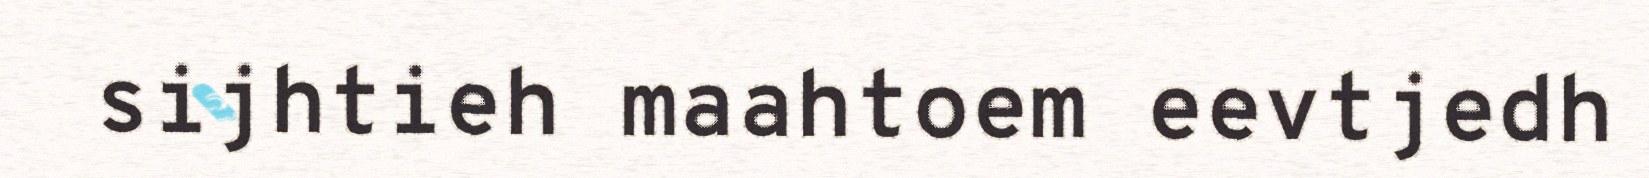
sijhtieh maahtoem eevtjedh